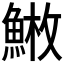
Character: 𩸳